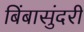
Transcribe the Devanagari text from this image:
बिंबासुंदरी